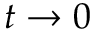
t \rightarrow 0